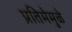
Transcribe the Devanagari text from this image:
प्रतिमेमुळे